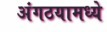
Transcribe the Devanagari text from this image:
अंगठयामध्ये